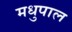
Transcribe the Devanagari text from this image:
मधुपाल